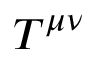
T ^ { \mu \nu }